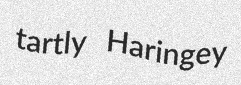
tartly Haringey